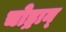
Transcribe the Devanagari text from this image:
चोड्रान्‌